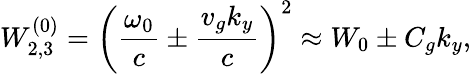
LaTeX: W_{2,3}^{(0)}=\left(\frac{\omega_{0}}{c}\pm\frac{v_{g}k_{y}}{c}\right)^{2}\approx W_{0}\pm C_{g}k_{y},